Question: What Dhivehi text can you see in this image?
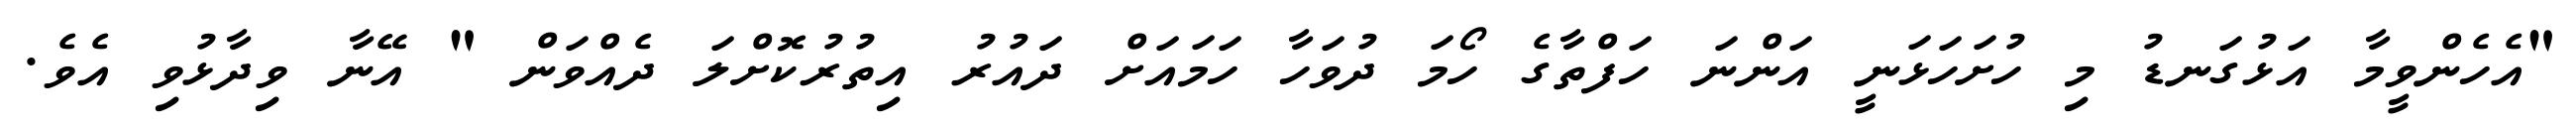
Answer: "އެހެންވީމާ އަޅުގަނޑު މި ހުށަހަޅަނީ އަންނަ ހަފްތާގެ ހޯމަ ދުވަހާ ހަމައަށް ދައުރު އިތުރުކޮށްލަ ދެއްވަން " އޭނާ ވިދާޅުވި އެވެ.